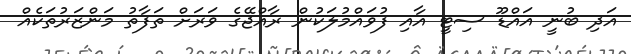
އަދި ބުނީ އައްޑޫ ސިޓީ އާއި ފުވައްމުލަކުން ރާއްޖޭގެ ވަރަށް ތަފާތު މަންޒަރުތަކެއް